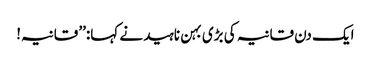
ایک دن قانیہ کی بڑی بہن ناہید نے کہا:’’ قانیہ!